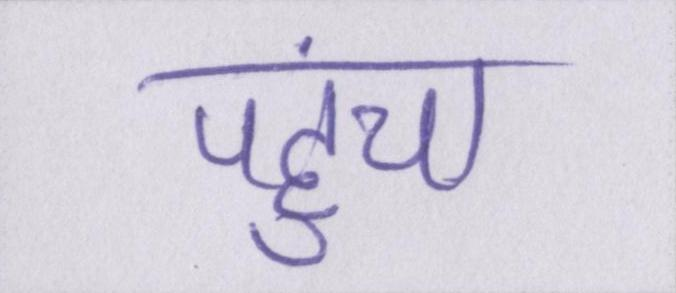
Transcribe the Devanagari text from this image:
पहुंचा